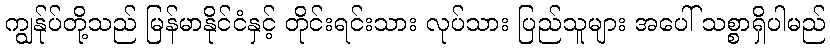
ကျွန်ုပ်တို့သည် မြန်မာနိုင်ငံနှင့် တိုင်းရင်းသား လုပ်သား ပြည်သူများ အပေါ် သစ္စာရှိပါမည်